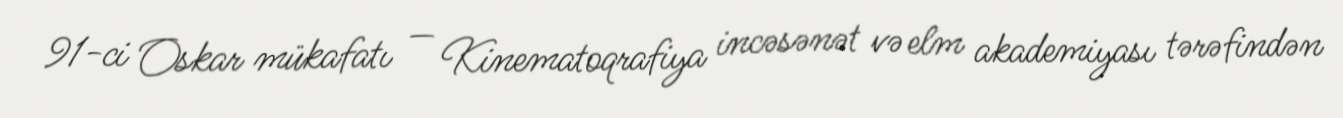
91-ci Oskar mükafatı — Kinematoqrafiya incəsənət və elm akademiyası tərəfindən